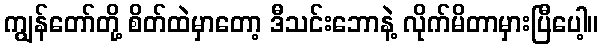
ကျွန်တော်တို့ စိတ်ထဲမှာတော့ ဒီသင်းဘောနဲ့ လိုက်မိတာမှားပြီပေါ့။